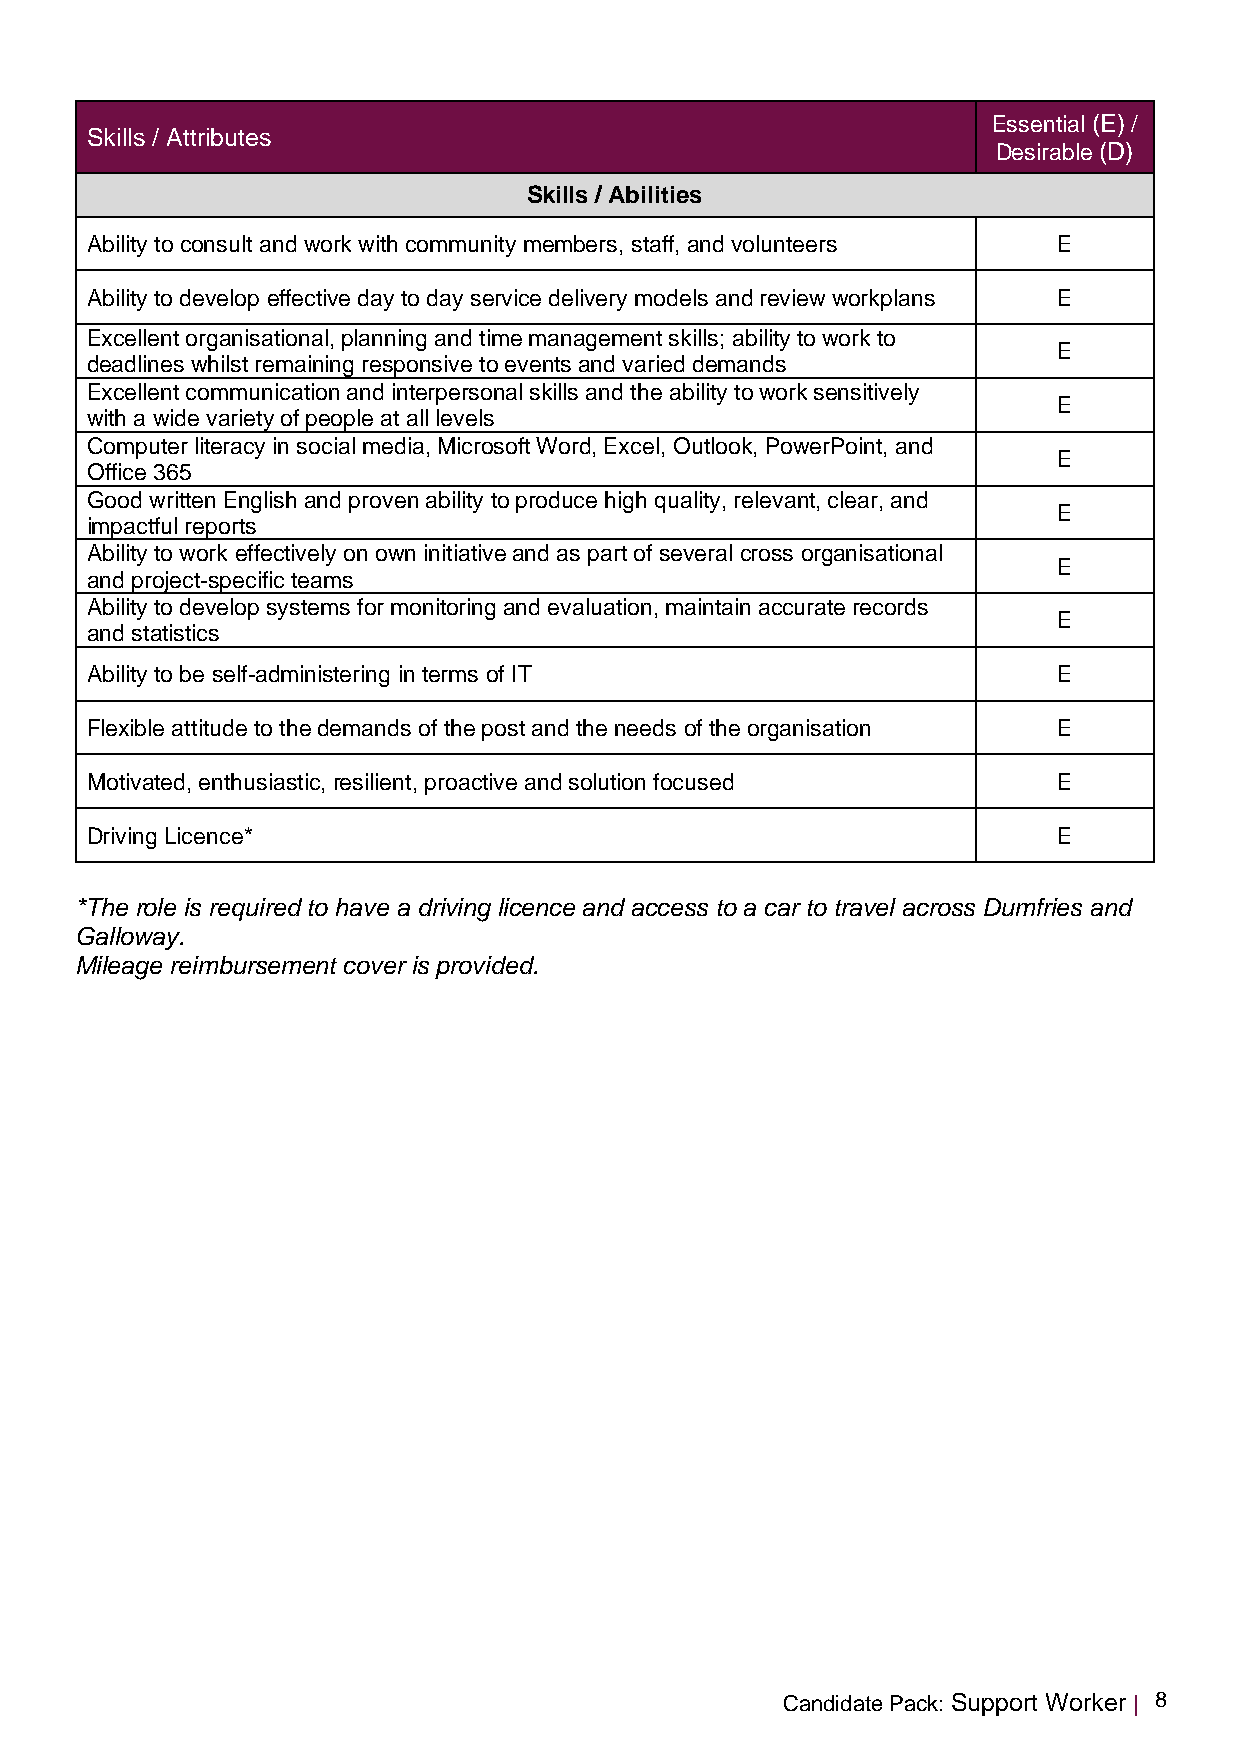
Essential (E) /
 Skills / Attributes
 Desirable (D)
 Skills / Abilities
 Ability to consult and work with community members, staff, and volunteers E
 Ability to develop effective day to day service delivery models and review workplans E
 Excellent organisational, planning and time management skills; ability to work to
 E
 deadlines whilst remaining responsive to events and varied demands
 Excellent communication and interpersonal skills and the ability to work sensitively
 E
 with a wide variety of people at all levels
 Computer literacy in social media, Microsoft Word, Excel, Outlook, PowerPoint, and
 E
 Office 365
 Good written English and proven ability to produce high quality, relevant, clear, and
 E
 impactful reports
 Ability to work effectively on own initiative and as part of several cross organisational
 E
 and project-specific teams
 Ability to develop systems for monitoring and evaluation, maintain accurate records
 E
 and statistics
 Ability to be self-administering in terms of IT                 E
 Flexible attitude to the demands of the post and the needs of the organisation E
 Motivated, enthusiastic, resilient, proactive and solution focused E
 Driving Licence*                                                E
 *The role is required to have a driving licence and access to a car to travel across Dumfries and
 Galloway.
 Mileage reimbursement cover is provided.
 Candidate Pack: Support Worker | 8